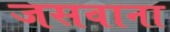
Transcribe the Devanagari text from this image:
जसवाना